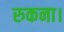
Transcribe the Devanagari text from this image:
रुकना।